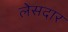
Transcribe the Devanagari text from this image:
लेसदार